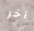
آخر